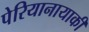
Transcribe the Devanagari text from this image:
पेरियानायाकी